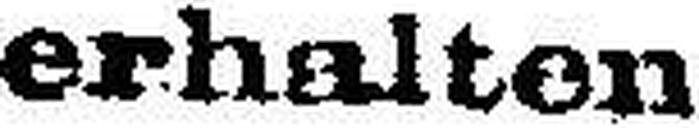
erhalten